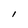
Character: l